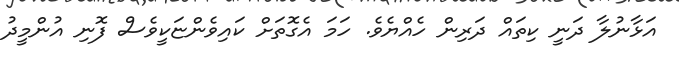
އަޅާނުލާ ދަނީ ކިތައް ދަރިން ހެއްޔެވެ. ހަމަ އެގޮތަށް ކައިވެންޏަކީވެސް ފޮނި އުންމީދު